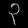
Digit: ၃